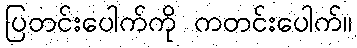
ပြတင်းပေါက်ကို ကတင်းပေါက်။